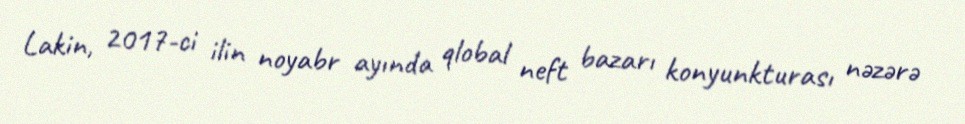
Lakin, 2017-ci ilin noyabr ayında qlobal neft bazarı konyunkturası nəzərə